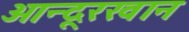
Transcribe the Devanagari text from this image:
ओन्दूरखान